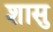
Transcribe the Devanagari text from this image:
शासु